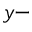
y -